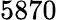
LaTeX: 5870